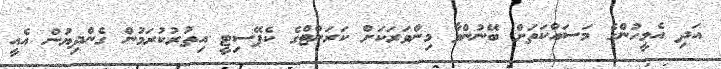
އަދި އެމީހުންގެ މަސައްކަތަށް ބޭނުންވާ މިންވަރަކަށް ކަރަންޓްގެ ކެޕޭސިޓީ އިތުރުކުރަމުން ގެންދިޔުން އެއީ